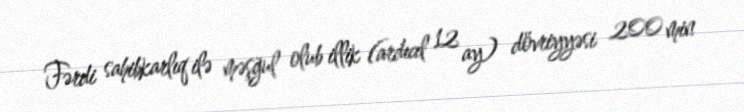
Fərdi sahibkarlıq ilə məşğul olub illik (ardıcıl 12 ay) dövriyyəsi 200 min